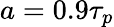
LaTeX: a=0.9\tau_{p}